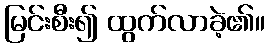
မြင်းစီး၍ ထွက်လာခဲ့၏။